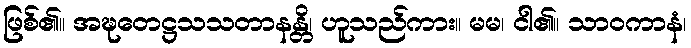
ဖြစ်၏။ အဍ္ဎတေဋ္ဌသသတာနန္တိ၊ ဟူသည်ကား။ မမ၊ ငါ၏။ သာဝကာနံ၊